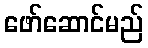
ဖော်ဆောင်မည်